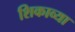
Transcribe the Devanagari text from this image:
शिकाव्या